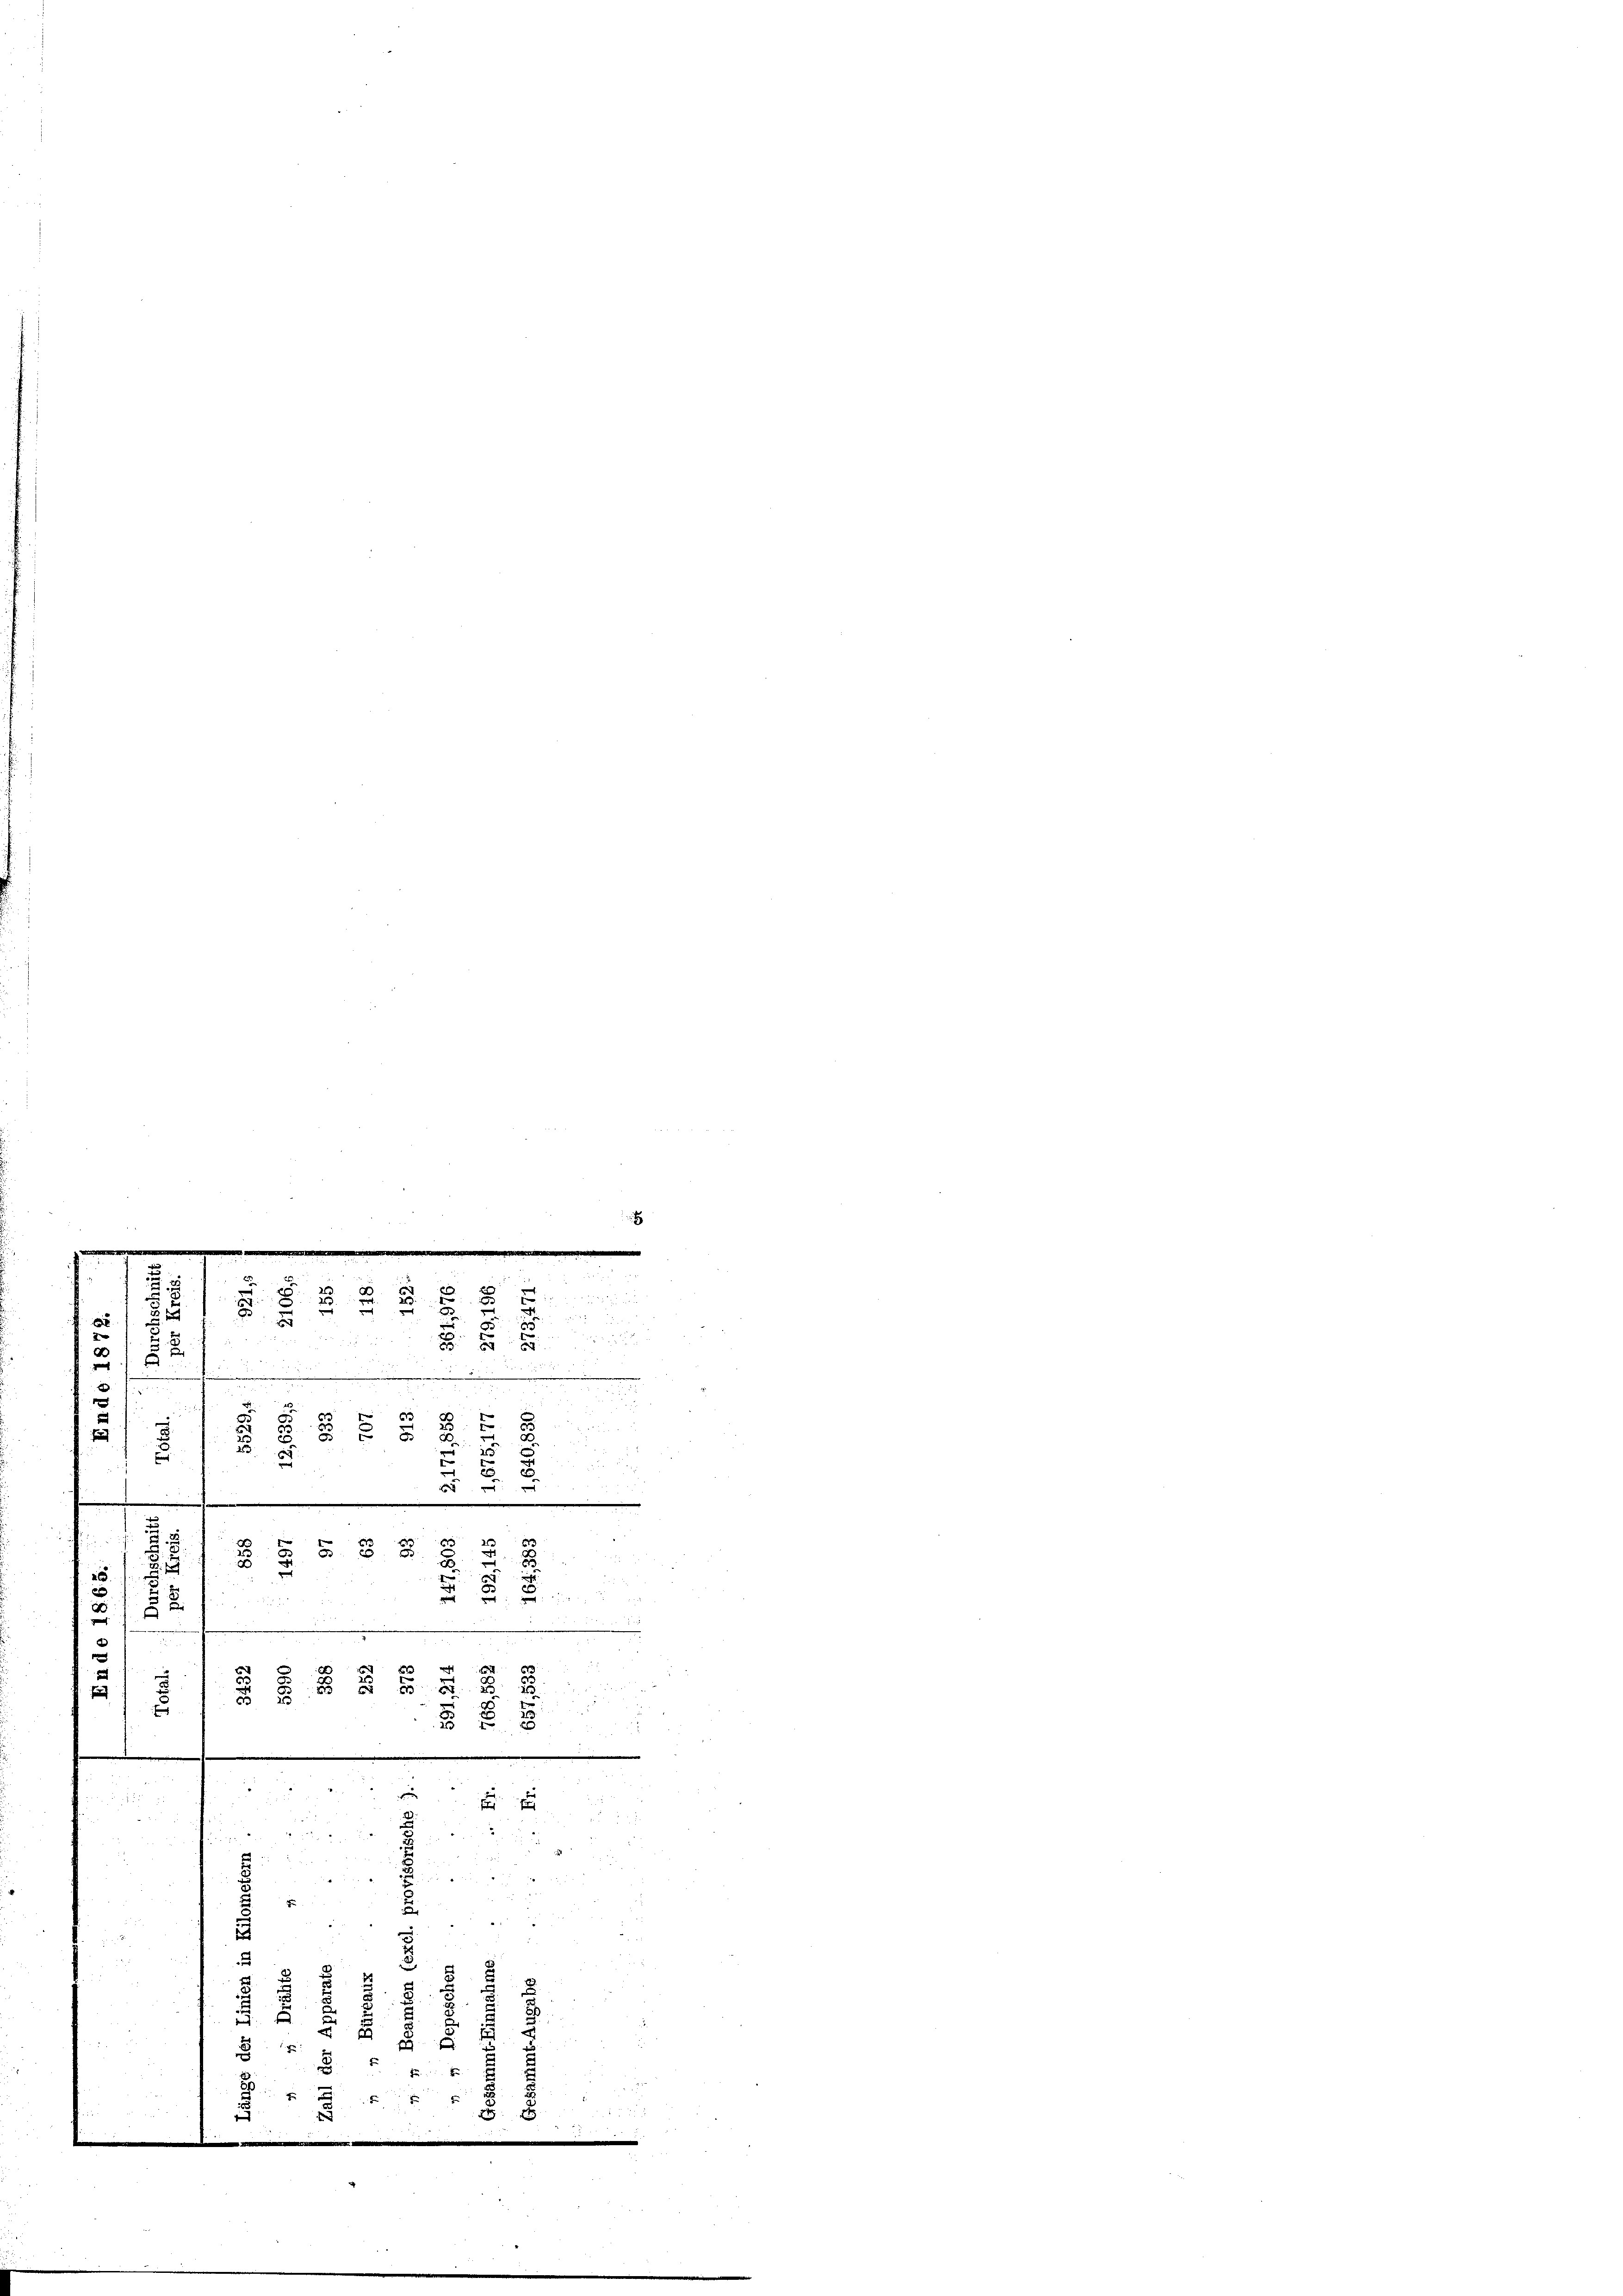
hu

5

2
.
2
2
2
.
B.
.
g
.
2
2
B
8
t

e
 . . . . .

B 18

2
2

n
b
85
u
d. d.
3
2 x
8
25
f
u
2
“

e
.
e
2
1
.
a
 55 x

d
.

8

4
 x
e
.
28
2
2
u

3
 xxxx
u
8
E
E
5x
5
.
|
8 f 20 x
z

e

2

         12 x

2
 xxx
u
.
i

.
.

 1

22
2
3
x
1
2

.
b.
g

5 x